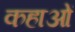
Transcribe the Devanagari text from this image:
कहाओं